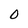
Character: O